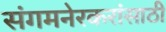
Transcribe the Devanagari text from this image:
संगमनेरकरांसाठी